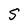
Character: S